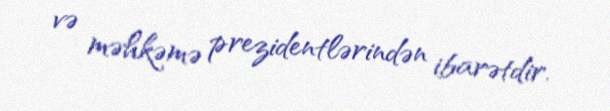
və məhkəmə prezidentlərindən ibarətdir.